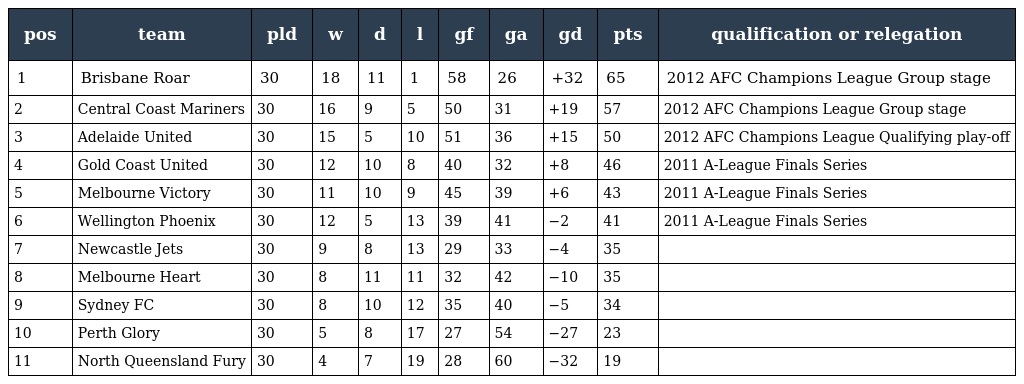
| pos | team | pld | w | d | l | gf | ga | gd | pts | qualification or relegation |
 | --- | --- | --- | --- | --- | --- | --- | --- | --- | --- | --- |
 | 1 | Brisbane Roar | 30 | 18 | 11 | 1 | 58 | 26 | +32 | 65 | 2012 AFC Champions League Group stage |
 | 2 | Central Coast Mariners | 30 | 16 | 9 | 5 | 50 | 31 | +19 | 57 | 2012 AFC Champions League Group stage |
 | 3 | Adelaide United | 30 | 15 | 5 | 10 | 51 | 36 | +15 | 50 | 2012 AFC Champions League Qualifying play-off |
 | 4 | Gold Coast United | 30 | 12 | 10 | 8 | 40 | 32 | +8 | 46 | 2011 A-League Finals Series |
 | 5 | Melbourne Victory | 30 | 11 | 10 | 9 | 45 | 39 | +6 | 43 | 2011 A-League Finals Series |
 | 6 | Wellington Phoenix | 30 | 12 | 5 | 13 | 39 | 41 | −2 | 41 | 2011 A-League Finals Series |
 | 7 | Newcastle Jets | 30 | 9 | 8 | 13 | 29 | 33 | −4 | 35 |  |
 | 8 | Melbourne Heart | 30 | 8 | 11 | 11 | 32 | 42 | −10 | 35 |  |
 | 9 | Sydney FC | 30 | 8 | 10 | 12 | 35 | 40 | −5 | 34 |  |
 | 10 | Perth Glory | 30 | 5 | 8 | 17 | 27 | 54 | −27 | 23 |  |
 | 11 | North Queensland Fury | 30 | 4 | 7 | 19 | 28 | 60 | −32 | 19 |  |